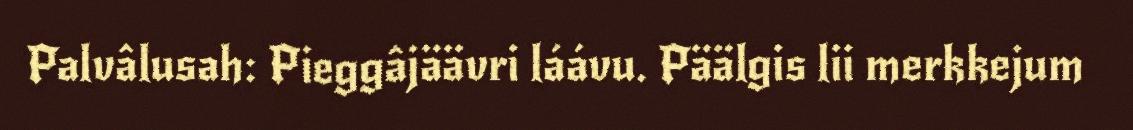
Palvâlusah: Pieggâjäävri láávu. Päälgis lii merkkejum